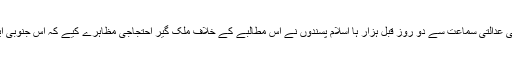
مسلم اکثریتی بنگلہ دیش میں ایک متنازعہ آئینی درخواست کی عدالتی سماعت سے دو روز قبل ہزار ہا اسلام پسندوں نے اس مطالبے کے خلاف ملک گیر احتجاجی مظاہرے کیے کہ اس جنوبی ایشیائی ریاست میں اسلام کو سرکاری مذہب نہیں ہونا چاہیے۔